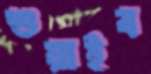
শুয়াইব